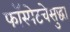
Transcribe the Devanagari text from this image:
फॉस्पेटचेसुद्धा